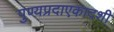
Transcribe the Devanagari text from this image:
पुण्यप्रदाएकादशी